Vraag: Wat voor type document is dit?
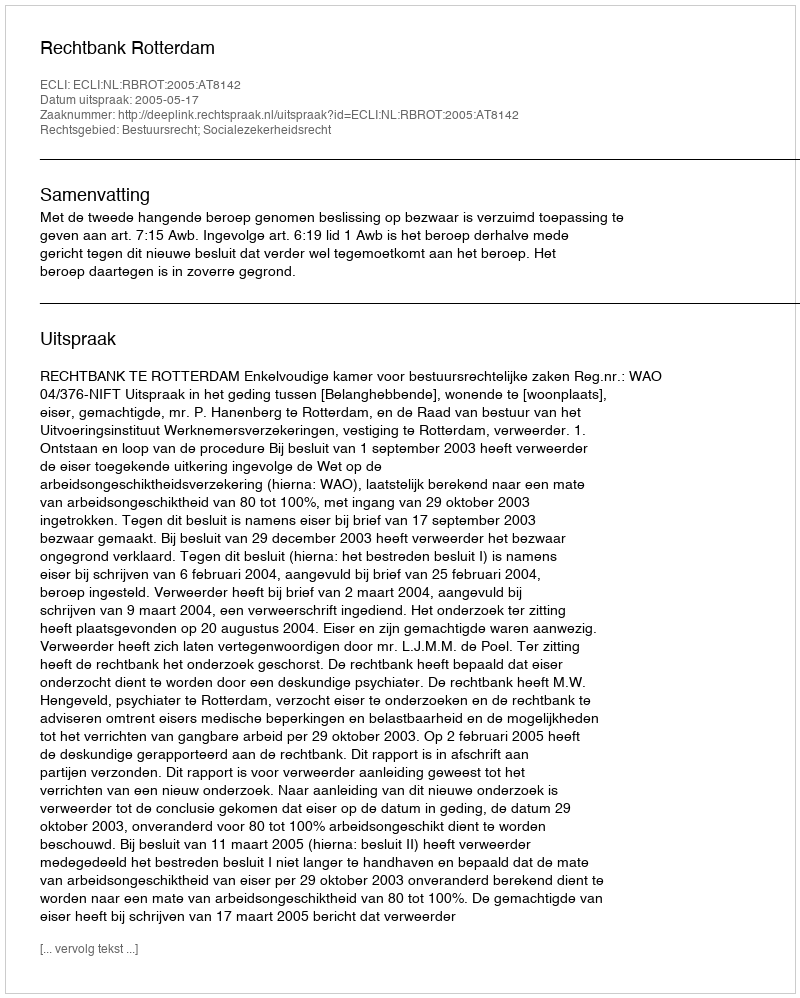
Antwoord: Uitspraak